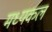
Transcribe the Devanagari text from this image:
मध्यकल